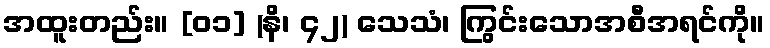
အထူးတည်း။ [၀၁] (နိ၊ ၄၂) သေသံ၊ ကြွင်းသောအစီအရင်ကို။